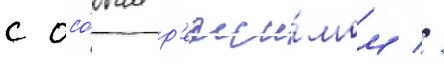
с осо́бым р'ежи́мом //